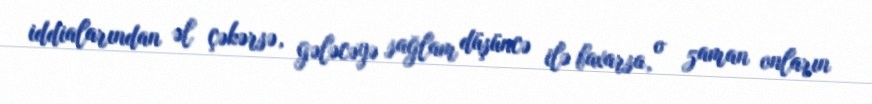
iddialarından əl çəkərsə, gələcəyə sağlam düşüncə ilə baxarsa, o zaman onların